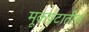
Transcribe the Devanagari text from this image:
मूकपटातील